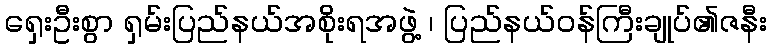
ရှေးဦးစွာ ရှမ်းပြည်နယ်အစိုးရအဖွဲ့ ၊ ပြည်နယ်ဝန်ကြီးချုပ်၏ဇနီး